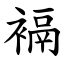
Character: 䙐